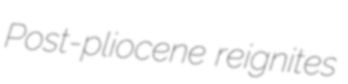
Post-pliocene reignites